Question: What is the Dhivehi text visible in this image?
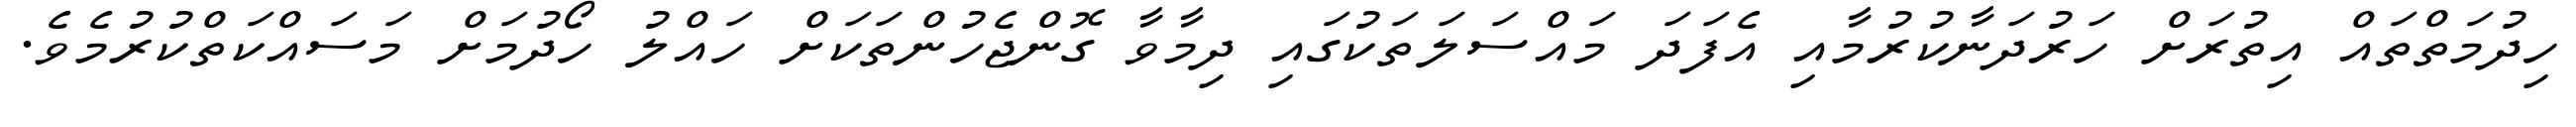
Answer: ހިދުމަތްތައް އިތުރަށް ހަރުދަނާކުރުމާއި އެފަދަ މައްސަލަތަކުގައި ދިމާވާ ގޮންޖެހުންތަކަށް ހައްލު ހޯދުމަށް މަސައްކަތްކުރުމެވެ.